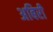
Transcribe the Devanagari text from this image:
अबिरी